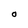
Character: O